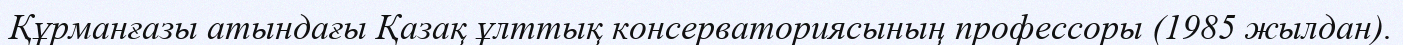
Құрманғазы атындағы Қазақ ұлттық консерваториясының профессоры (1985 жылдан).